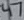
Text: 47